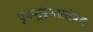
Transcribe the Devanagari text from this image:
दृकमुद्रणासोबत